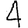
Digit: 4